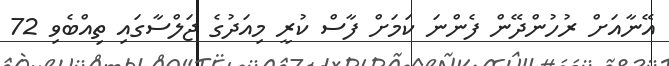
އޭނާއަށް ރުހުންދޭން ފެންނަ ކަމަށް ފާސް ކުރީ މިއަދުގެ ޖަލްސާގައި ތިއްބެވި 72